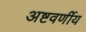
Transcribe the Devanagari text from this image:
अष्टवर्णीय